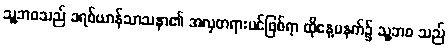
သူ့ဘဝသည် ခရစ်ယာန်သာသနာ၏ အလှတရားပင်ဖြစ်ရာ ထိုနေ့မနက်၌ သူ့ဘဝ သည်